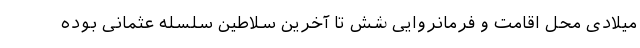
میلادی محل اقامت و فرمانروایی شش تا آخرین سلاطین سلسله عثمانی بوده